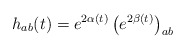
\begin{align*}h_{ab}(t) =e^{2\alpha (t)} \left( e^{2\beta (t)} \right)_{ab}\end{align*}